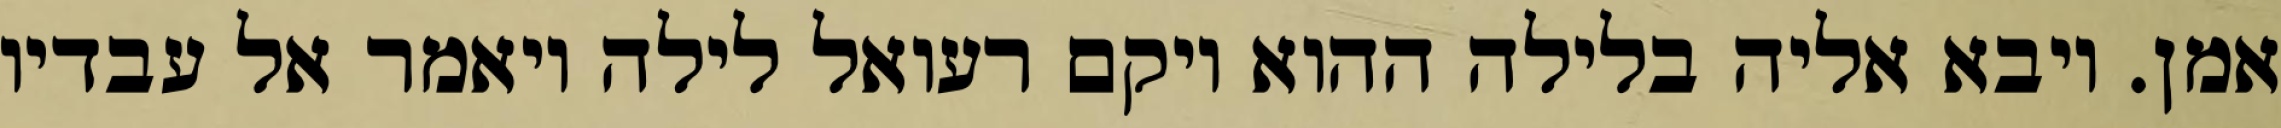
אמן. ויבא אליה בלילה ההוא ויקם רעואל לילה ויאמר אל עבדיו